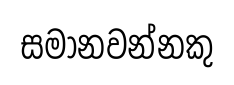
සමානවන්නකු